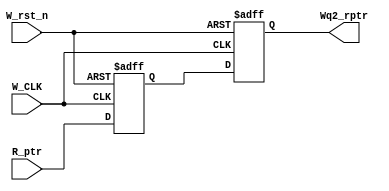
module Sync_R2W #(

	parameter ADDR_WIDTH = 4
	
)(

// Inputs 
	input  wire 				 W_CLK,					// Write side Clock
	input  wire 				 W_rst_n,				// Active-Low reset Signal
	input  wire [ADDR_WIDTH : 0] R_ptr,					// Read Pointer that needs be synchronized
	
	
// Outputs	
	output reg [ADDR_WIDTH : 0] Wq2_rptr				// Synchronnized read pointer

);

	// Output of the 1st stage flipflop
	reg [ADDR_WIDTH : 0] Wq1_rptr;
	
	
	// Double FlipFlop synchronizer Behavior
	always @(posedge W_CLK or negedge W_rst_n)
	begin
	
		if(!W_rst_n)
		begin
		
			Wq1_rptr <= 5'b0;
			Wq2_rptr <= 5'b0;
			
		end
		
		else 
		begin
		
			Wq1_rptr <= R_ptr;
			Wq2_rptr <= Wq1_rptr;
		
		end
		
	end
	
endmodule